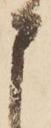
申